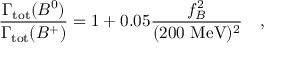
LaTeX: \frac { \Gamma _ { \mathrm { t o t } } ( B ^ { 0 } ) } { \Gamma _ { \mathrm { t o t } } ( B ^ { + } ) } = 1 + 0 . 0 5 \frac { f _ { B } ^ { 2 } } { ( 2 0 0 ~ \mathrm { M e V } ) ^ { 2 } } ~ ~ ~ ,